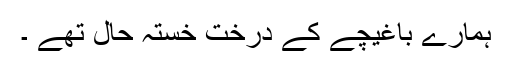
ہمارے باغیچے کے درخت خستہ حال تھے ۔